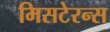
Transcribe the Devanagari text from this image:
मिसटेरन्स